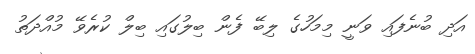
އަދި ބުނެފައި ވަނީ މިމަހުގެ ލިބޭ ފެން ބިލުގައި ބިލް ކުރެވޭ މުއްދަތު